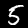
Label: 5